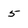
Character: 5